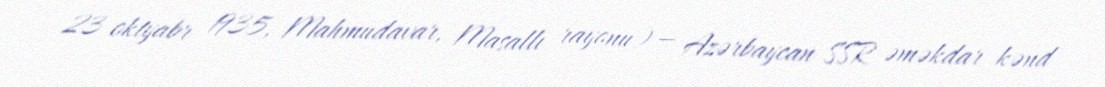
23 oktyabr 1935, Mahmudavar, Masallı rayonu) — Azərbaycan SSR əməkdar kənd